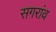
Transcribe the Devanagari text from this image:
सगरांव